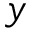
y